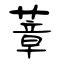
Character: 蔁